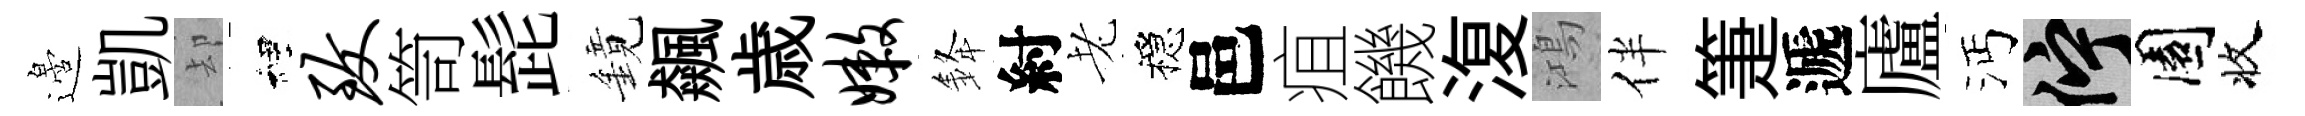
邉凱却裡致笥髭鏡飆歳嫩𨦟紂老穩邑疽饑𣸪鴻伴箑遞廬沔伫園收